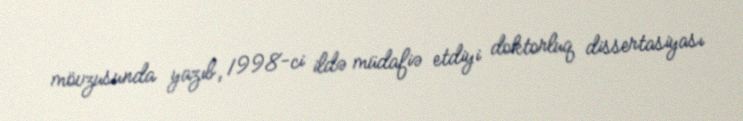
mövzusunda yazıb, 1998-ci ildə müdafiə etdiyi doktorluq dissertasiyası